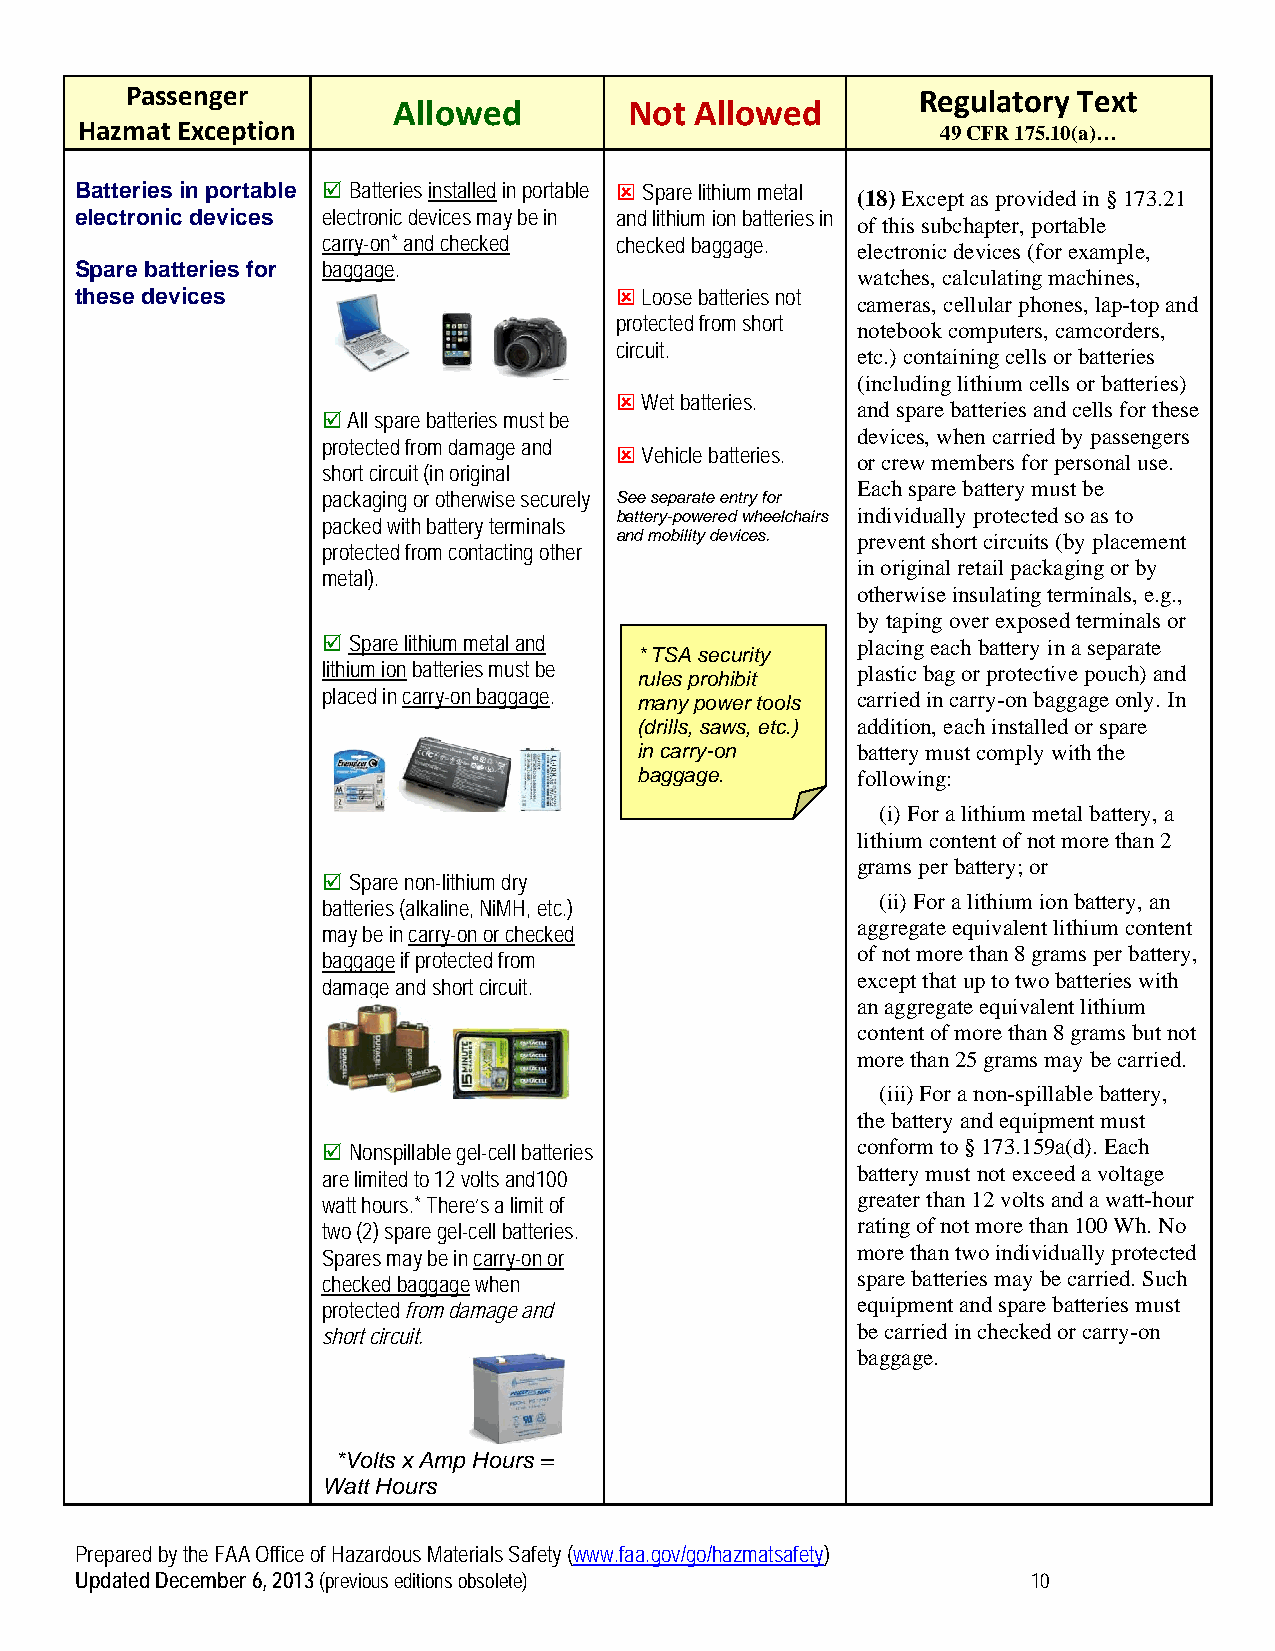
Passenger                                            Regulatory Text
 Allowed         Not Allowed
 Hazmat Exception                                         49 CFR 175.10(a)…
 Batteries in portable  Batteries installed in portable  Spare lithium metal
 (18) Except as provided in § 173.21
 electronic devices electronic devices may be in and lithium ion batteries in
 of this subchapter, portable
 carry-on* and checked checked baggage.
 electronic devices (for example,
 Spare batteries for baggage.
 watches, calculating machines,
 these devices                        Loose batteries not
 cameras, cellular phones, lap-top and
 protected from short
 notebook computers, camcorders,
 circuit.
 etc.) containing cells or batteries
 (including lithium cells or batteries)
  Wet batteries.
 and spare batteries and cells for these
  All spare batteries must be
 devices, when carried by passengers
 protected from damage and
  Vehicle batteries.
 or crew members for personal use.
 short circuit (in original
 Each spare battery must be
 packaging or otherwise securely See separate entry for
 battery-powered wheelchairs individually protected so as to
 packed with battery terminals
 and mobility devices. prevent short circuits (by placement
 protected from contacting other
 in original retail packaging or by
 metal).
 otherwise insulating terminals, e.g.,
 by taping over exposed terminals or
  Spare lithium metal and           placing each battery in a separate
 * TSA security
 lithium ion batteries must be       plastic bag or protective pouch) and
 rules prohibit
 placed in carry-on baggage. many power tools carried in carry-on baggage only. In
 (drills, saws, etc.) addition, each installed or spare
 in carry-on    battery must comply with the
 baggage.       following:
 (i) For a lithium metal battery, a
 lithium content of not more than 2
 grams per battery; or
  Spare non-lithium dry
 (ii) For a lithium ion battery, an
 batteries (alkaline, NiMH, etc.)
 aggregate equivalent lithium content
 may be in carry-on or checked
 of not more than 8 grams per battery,
 baggage if protected from
 except that up to two batteries with
 damage and short circuit.
 an aggregate equivalent lithium
 content of more than 8 grams but not
 more than 25 grams may be carried.
 (iii) For a non-spillable battery,
 the battery and equipment must
  Nonspillable gel-cell batteries   conform to § 173.159a(d). Each
 are limited to 12 volts and100      battery must not exceed a voltage
 watt hours.* There’s a limit of     greater than 12 volts and a watt-hour
 two (2) spare gel-cell batteries.   rating of not more than 100 Wh. No
 Spares may be in carry-on or        more than two individually protected
 checked baggage when                spare batteries may be carried. Such
 protected from damage and           equipment and spare batteries must
 short circuit.                      be carried in checked or carry-on
 baggage.
 *Volts x Amp Hours =
 Watt Hours
 Prepared by the FAA Office of Hazardous Materials Safety (www.faa.gov/go/hazmatsafety)
 Updated December 6, 2013 (previous editions obsolete)          10